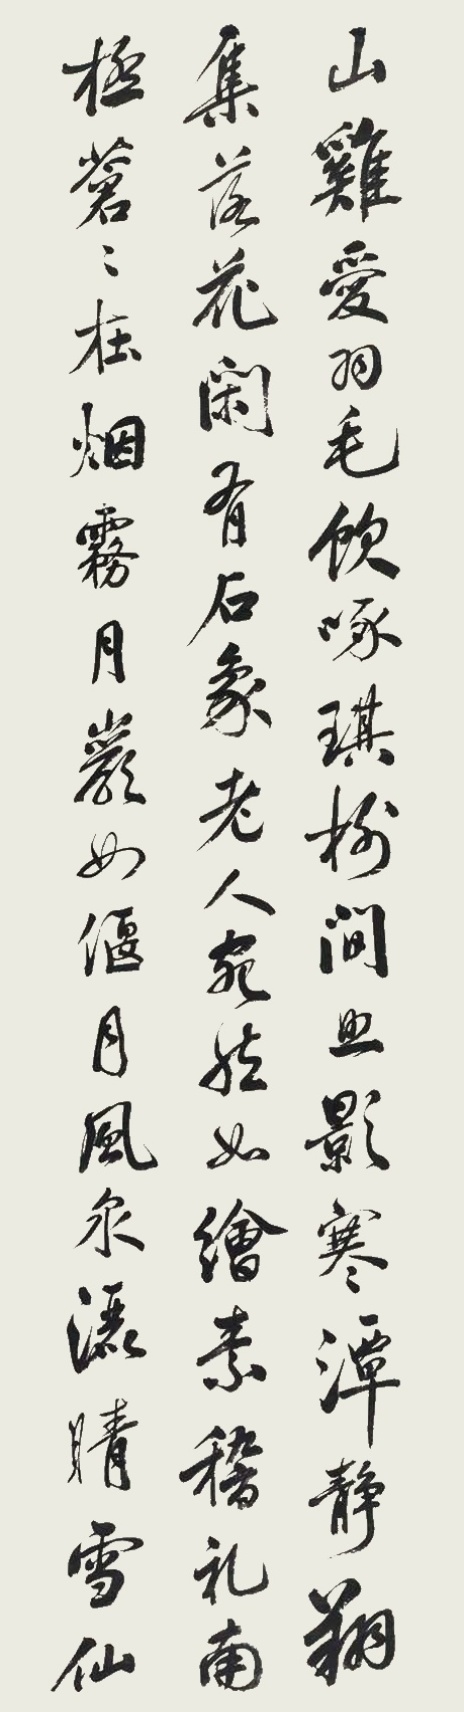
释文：山鸡爱羽毛，饮啄琪树间。照影寒潭静，翔集落花闲……攀萝缘石磴，步上金沙岭。露下色荧荧，月生光炯炯。时丙子九秋，巳兰翁庆龙。